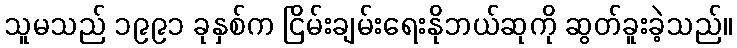
သူမသည် ၁၉၉၁ ခုနှစ်က ငြိမ်းချမ်းရေးနိုဘယ်ဆုကို ဆွတ်ခူးခဲ့သည်။